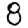
Digit: 8